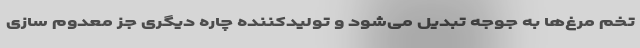
تخم مرغ‌ها به جوجه تبدیل می‌شود و تولیدکننده چاره دیگری جز معدوم سازی